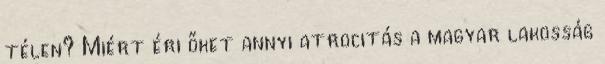
télen? Miért éri őket annyi atrocitás a magyar lakosság